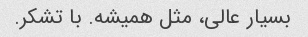
بسیار عالی، مثل همیشه. با تشکر.